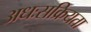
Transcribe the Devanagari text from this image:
अधःसक्रियता